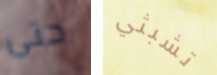
حتى تشبثي